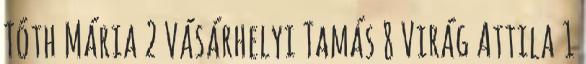
Tóth Mária 2 Vásárhelyi Tamás 8 Virág Attila 1